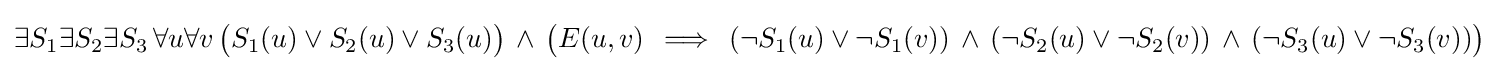
\exists S_{1}\exists S_{2}\exists S_{3}\,\forall u\forall v\,{\bigl (}S_{1}(u)\vee S_{2}(u)\vee S_{3}(u){\bigr )}\,\wedge \,{\bigl (}E(u,v)\,\implies \,(\neg S_{1}(u)\vee \neg S_{1}(v))\,\wedge \,\left(\neg S_{2}(u)\vee \neg S_{2}(v)\right)\,\wedge \,(\neg S_{3}(u)\vee \neg S_{3}(v)){\bigr )}